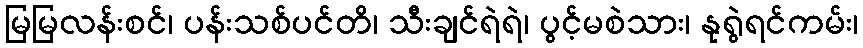
မြမြလန်းစင်၊ ပန်းသစ်ပင်တိ၊ သီးချင်ရဲရဲ၊ ပွင့်မစဲသား၊ နုရွဲရင်ကမ်း၊